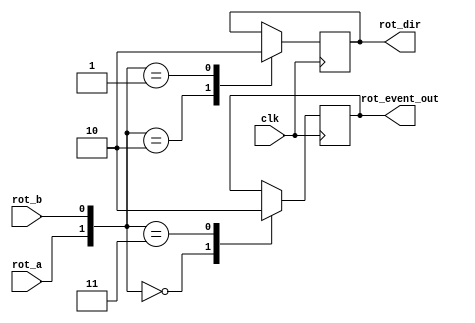
module rot_driver(input clk,
				input rot_a, input rot_b, 
				output wire rot_dir, output wire rot_event_out);

	reg rot_a_latch = 0, rot_b_latch = 0;
	assign rot_dir = rot_b_latch, rot_event_out = rot_a_latch;
	always @(posedge clk) begin
		case ({rot_a, rot_b})
		2'b00: rot_a_latch <= 1;
		2'b11: rot_a_latch <= 0;
		2'b10: rot_b_latch <= 1;
		2'b01: rot_b_latch <= 0;
		endcase
	end
endmodule